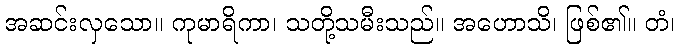
အဆင်းလှသော။ ကုမာရိကာ၊ သတို့သမီးသည်။ အဟောသိ၊ ဖြစ်၏။ တံ၊